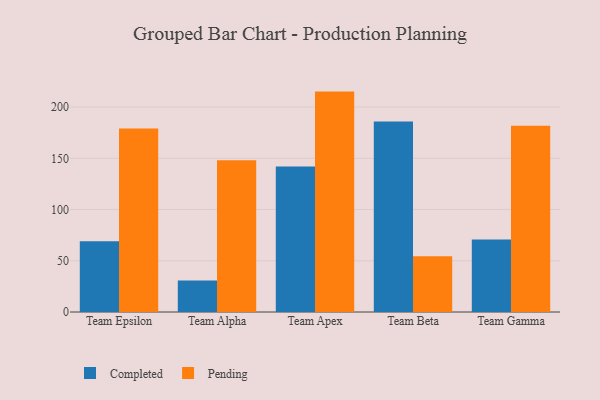
{"axis": {"x": "Team", "y": "Headcount"}, "legend": ["Completed", "Pending"], "data": [{"x": "Team Epsilon", "y": 69.0, "type": "Completed"}, {"x": "Team Epsilon", "y": 179.1, "type": "Pending"}, {"x": "Team Alpha", "y": 30.8, "type": "Completed"}, {"x": "Team Alpha", "y": 148.0, "type": "Pending"}, {"x": "Team Apex", "y": 142.0, "type": "Completed"}, {"x": "Team Apex", "y": 215.1, "type": "Pending"}, {"x": "Team Beta", "y": 185.8, "type": "Completed"}, {"x": "Team Beta", "y": 54.5, "type": "Pending"}, {"x": "Team Gamma", "y": 70.8, "type": "Completed"}, {"x": "Team Gamma", "y": 181.8, "type": "Pending"}]}